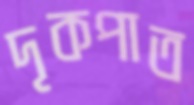
দৃকপাত